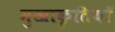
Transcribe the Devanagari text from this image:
मुखाकृतियाँ